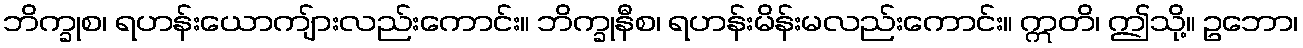
ဘိက္ခုစ၊ ရဟန်းယောကျ်ားလည်းကောင်း။ ဘိက္ခုနီစ၊ ရဟန်းမိန်းမလည်းကောင်း။ ဣတိ၊ ဤသို့။ ဥဘော၊